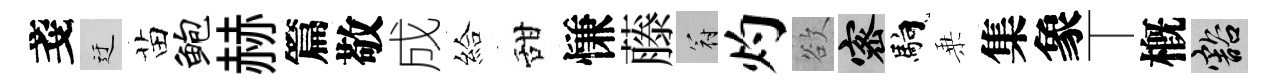
戔迂苗鲍赫篇敬成給甜慊藤冠灼欲密馿乗集象丅槪豁